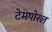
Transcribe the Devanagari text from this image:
टेमपोरल